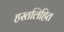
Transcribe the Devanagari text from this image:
हस्तलिहित